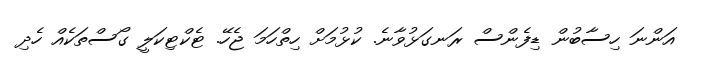
އަންނަ ހިސާބުން ޑިފެންސް ރަނގަޅުވާނެ. ކުޅުމަށް ހިތްހަމަ ޖެހޭ. ޓެކްޓިކަލީ ގޯސްތަކެއް ހެދި